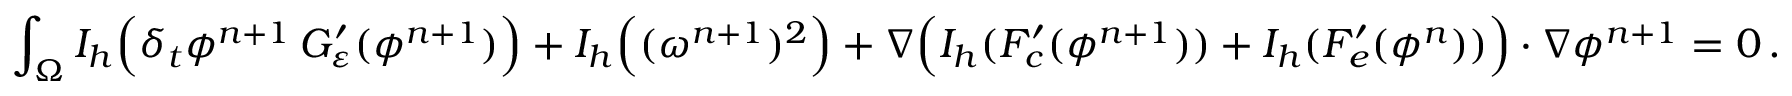
\displaystyle \int _ { \Omega } I _ { h } \Big ( \delta _ { t } \phi ^ { n + 1 } \, G _ { \varepsilon } ^ { \prime } ( \phi ^ { n + 1 } ) \Big ) + I _ { h } \Big ( ( \omega ^ { n + 1 } ) ^ { 2 } \Big ) + \nabla \Big ( I _ { h } ( F _ { c } ^ { \prime } ( \phi ^ { n + 1 } ) ) + I _ { h } ( F _ { e } ^ { \prime } ( \phi ^ { n } ) ) \Big ) \cdot \nabla \phi ^ { n + 1 } = 0 \, .